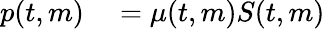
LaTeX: \begin{array}{rl}{p(t,m)}&{{}=\mu(t,m)S(t,m)}\end{array}